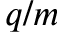
q / m